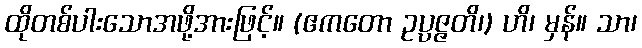
ထိုတစ်ပါးသောအဖို့အားဖြင့်။ (ဧကတော ဥပ္ပဇ္ဇတိ၊) ဟိ၊ မှန်။ သာ၊